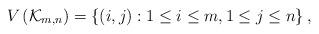
LaTeX: \begin{align*}V\left( \mathcal{K}_{m,n} \right)=\left\{ \left( i,j\right) :1\leq i\leq m,1\leq j\leq n\right\},\end{align*}